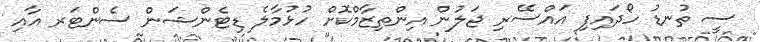
ސީ ތުނޑު ހޯދައިފި އައްސޭރި ޖަލުން އިންތިޒާމްކޮށް ހުޅުމާލެ ޑިޓެންޝަން ސެންޓަރ އާއި